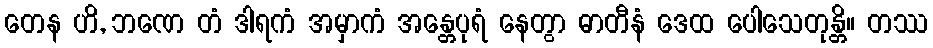
တေန ဟိ, ဘဏေ တံ ဒါရကံ အမှာကံ အန္တေပုရံ နေတွာ ဓာတီနံ ဒေထ ပေါသေတုန္တိ။ တဿ